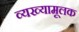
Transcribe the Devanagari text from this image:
व्यख्यामूलक